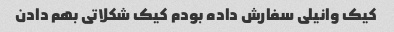
کیک وانیلی سفارش داده بودم کیک شکلاتی بهم دادن